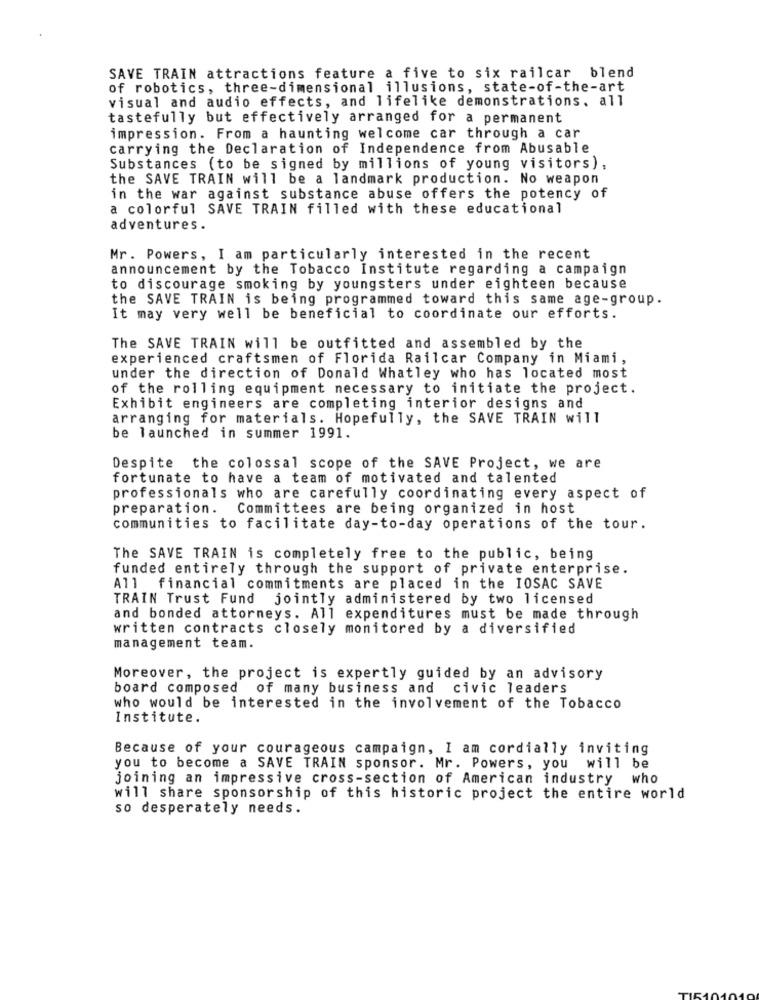
SAVE TRAIN attractions feature a five to six railcar blend
of robotics, three-dimensional illusions, state-of-the-art
visual and audio effects, and lifelike demonstrations. all
tastefully but effectively arranged for a permanent
impression. From a haunting welcome car through a car
carrying the Declaration of Independence from Abusable
Substances (to be signed by millions of young visitors),
the SAVE TRAIN will be a landmark production. No weapon
in the war against substance abuse offers the potency of
a colorful SAVE TRAIN filled with these educational
adventures.
Mr. Powers, I am particularly interested in the recent
announcement by the Tobacco Institute regarding a campaign
to discourage smoking by youngsters under eighteen because
the SAVE TRAIN is being programmed toward this same age-group.
It may very well be beneficial to coordinate our efforts.
The SAVE TRAIN will be outfitted and assembled by the
experienced craftsmen of Florida Railcar Company in Miami,
under the direction of Donald Whatley who has located most
of the rolling equipment necessary to initiate the project.
Exhibit engineers are completing interior designs and
arranging for materials. Hopefully, the SAVE TRAIN will
be launched in summer 1991.
Despite the colossal scope of the SAVE Project, we are
fortunate to have a team of motivated and talented
professionals who are carefully coordinating every aspect of
preparation. Committees are being organized in host
communities to facilitate day-to-day operations of the tour.
The SAVE TRAIN is completely free to the public, being
funded entirely through the support of private enterprise.
All financial commitments are placed in the IOSAC SAVE
TRAIN Trust Fund
jointly administered by two licensed
and bonded attorneys. All expenditures must be made through
written contracts closely monitored by a diversified
management team.
Moreover, the project is expertly guided by an advisory
board composed of many business and civic leaders
who would be interested in the involvement of the Tobacco
Institute.
Because of your courageous campaign, I am cordially inviting
you to become a SAVE TRAIN sponsor. Mr. Powers, you will be
joining an impressive cross-section of American industry who
will share sponsorship of this historic project the entire world
so desperately needs.